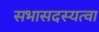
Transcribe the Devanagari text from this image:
सभासदस्यत्वा